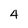
Character: 4